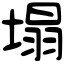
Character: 塌